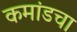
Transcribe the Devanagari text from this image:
कमांडचा